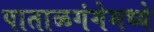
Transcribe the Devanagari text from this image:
पाताळगंगेमध्ये